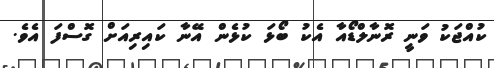
ކުއްޖަކު ވަނީ ރޮނާލްޑޯއާ އެކު ބޯޅަ ކުޅެން އޭނާ ކައިރިއަށް ގޮސްފަ އެވެ.